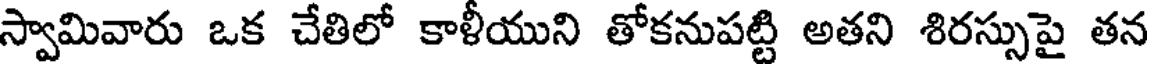
స్వామివారు ఒక చేతిలో కాళీయుని తోకనుపట్టి అతని శిరస్సుపై తన